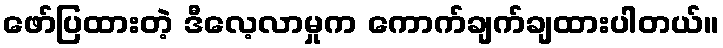
ဖော်ပြထားတဲ့ ဒီလေ့လာမှုက ကောက်ချက်ချထားပါတယ်။